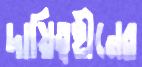
দায়িত্বহীনের